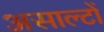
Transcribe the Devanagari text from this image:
असाल्टों